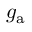
g _ { \mathrm { a } }